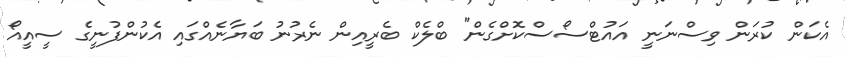
އެކަން ކުރަން ވިސްނަނީ އައުޓްސޯސްކޮށްގެން" ބްލެކް ބެރީއިން ނެރުނު ބަޔާނެއްގައި އެކުންފުނީގެ ސީއީއޯ